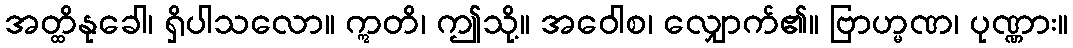
အတ္ထိနုခေါ၊ ရှိပါသလော။ ဣတိ၊ ဤသို့။ အဝေါစ၊ လျှောက်၏။ ဗြာဟ္မဏ၊ ပုဏ္ဏား။